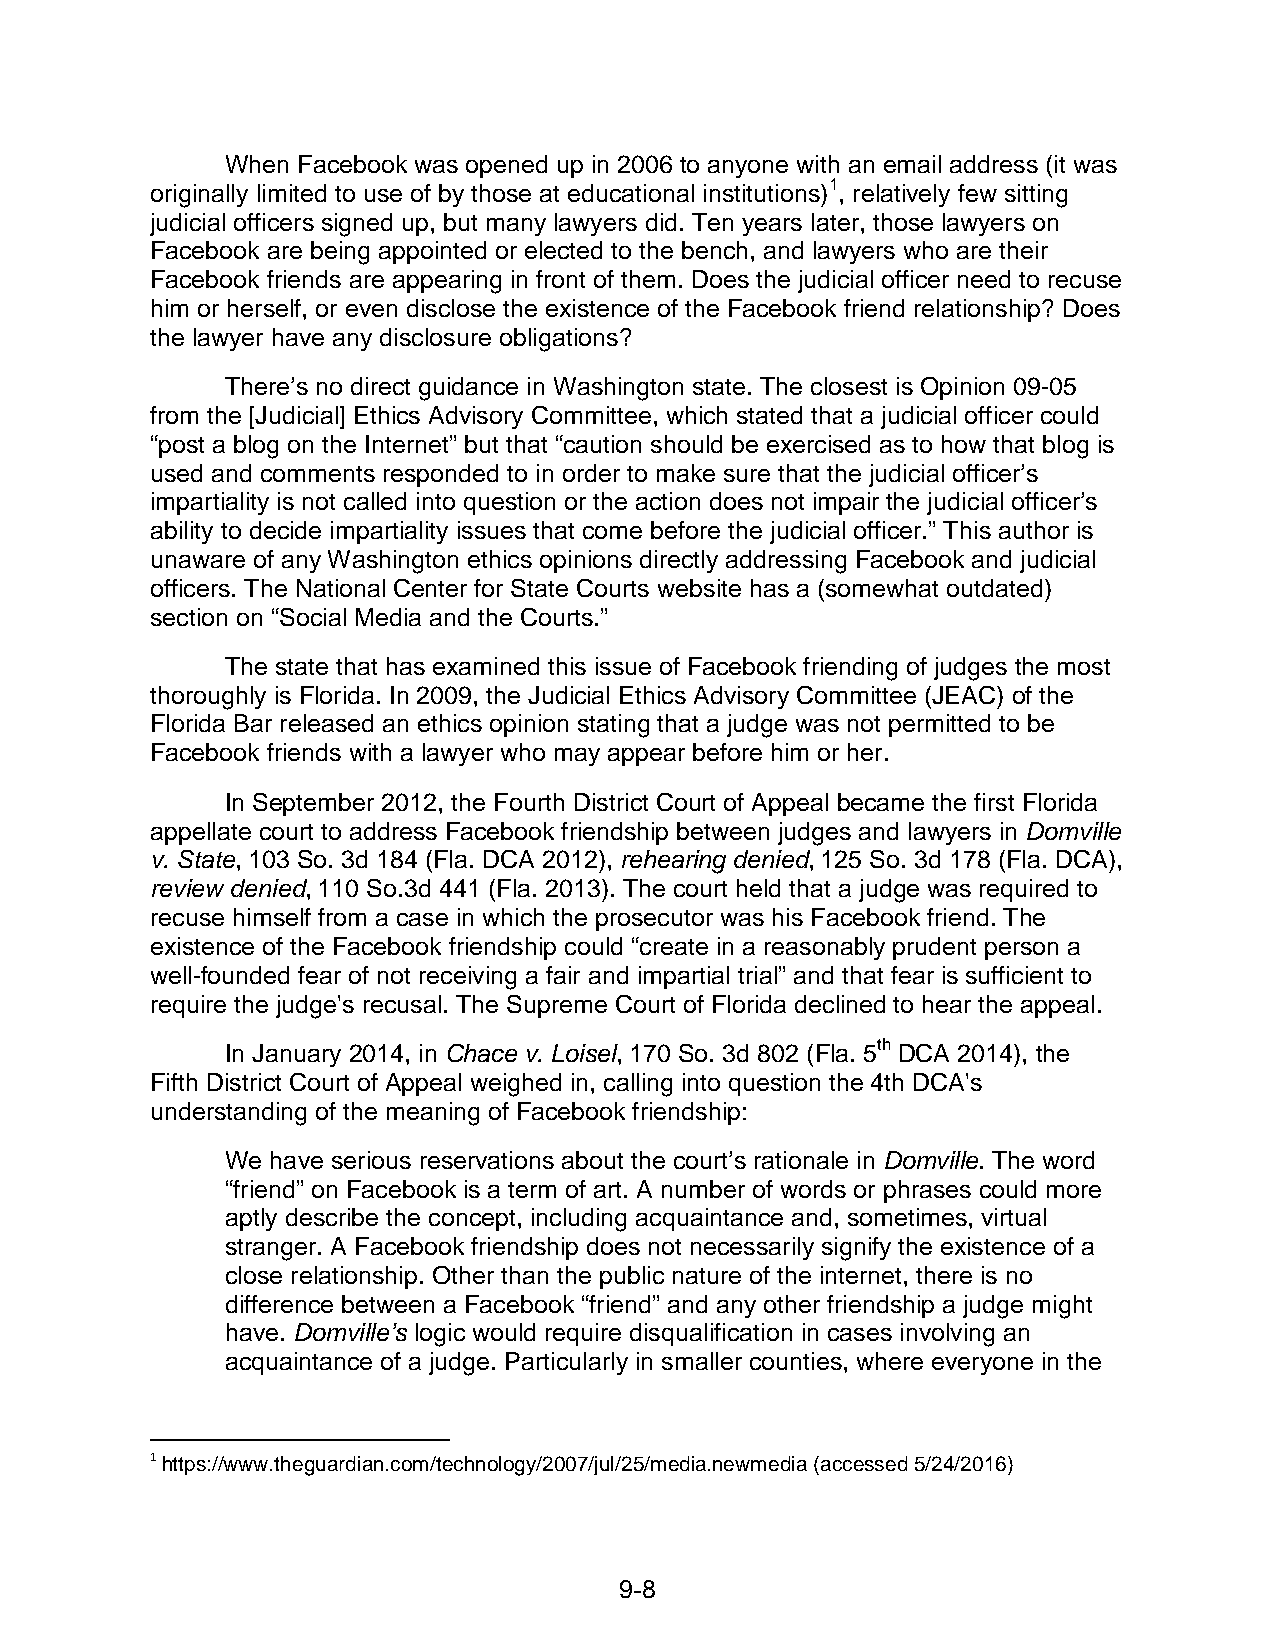
When Facebook was opened up in 2006 to anyone with an email address (it was
 originally limited to use of by those at educational institutions)1, relatively few sitting
 judicial officers signed up, but many lawyers did. Ten years later, those lawyers on
 Facebook are being appointed or elected to the bench, and lawyers who are their
 Facebook friends are appearing in front of them. Does the judicial officer need to recuse
 him or herself, or even disclose the existence of the Facebook friend relationship? Does
 the lawyer have any disclosure obligations?
 There’s no direct guidance in Washington state. The closest is Opinion 09-05
 from the [Judicial] Ethics Advisory Committee, which stated that a judicial officer could
 “post a blog on the Internet” but that “caution should be exercised as to how that blog is
 used and comments responded to in order to make sure that the judicial officer’s
 impartiality is not called into question or the action does not impair the judicial officer’s
 ability to decide impartiality issues that come before the judicial officer.” This author is
 unaware of any Washington ethics opinions directly addressing Facebook and judicial
 officers. The National Center for State Courts website has a (somewhat outdated)
 section on “Social Media and the Courts.”
 The state that has examined this issue of Facebook friending of judges the most
 thoroughly is Florida. In 2009, the Judicial Ethics Advisory Committee (JEAC) of the
 Florida Bar released an ethics opinion stating that a judge was not permitted to be
 Facebook friends with a lawyer who may appear before him or her.
 In September 2012, the Fourth District Court of Appeal became the first Florida
 appellate court to address Facebook friendship between judges and lawyers in Domville
 v. State, 103 So. 3d 184 (Fla. DCA 2012), rehearing denied, 125 So. 3d 178 (Fla. DCA),
 review denied, 110 So.3d 441 (Fla. 2013). The court held that a judge was required to
 recuse himself from a case in which the prosecutor was his Facebook friend. The
 existence of the Facebook friendship could “create in a reasonably prudent person a
 well-founded fear of not receiving a fair and impartial trial” and that fear is sufficient to
 require the judge's recusal. The Supreme Court of Florida declined to hear the appeal.
 In January 2014, in Chace v. Loisel, 170 So. 3d 802 (Fla. 5th DCA 2014), the
 Fifth District Court of Appeal weighed in, calling into question the 4th DCA's
 understanding of the meaning of Facebook friendship:
 We have serious reservations about the court’s rationale in Domville. The word
 “friend” on Facebook is a term of art. A number of words or phrases could more
 aptly describe the concept, including acquaintance and, sometimes, virtual
 stranger. A Facebook friendship does not necessarily signify the existence of a
 close relationship. Other than the public nature of the internet, there is no
 difference between a Facebook “friend” and any other friendship a judge might
 have. Domville’s logic would require disqualification in cases involving an
 acquaintance of a judge. Particularly in smaller counties, where everyone in the
 1 https://www.theguardian.com/technology/2007/jul/25/media.newmedia (accessed 5/24/2016)
 9- 8